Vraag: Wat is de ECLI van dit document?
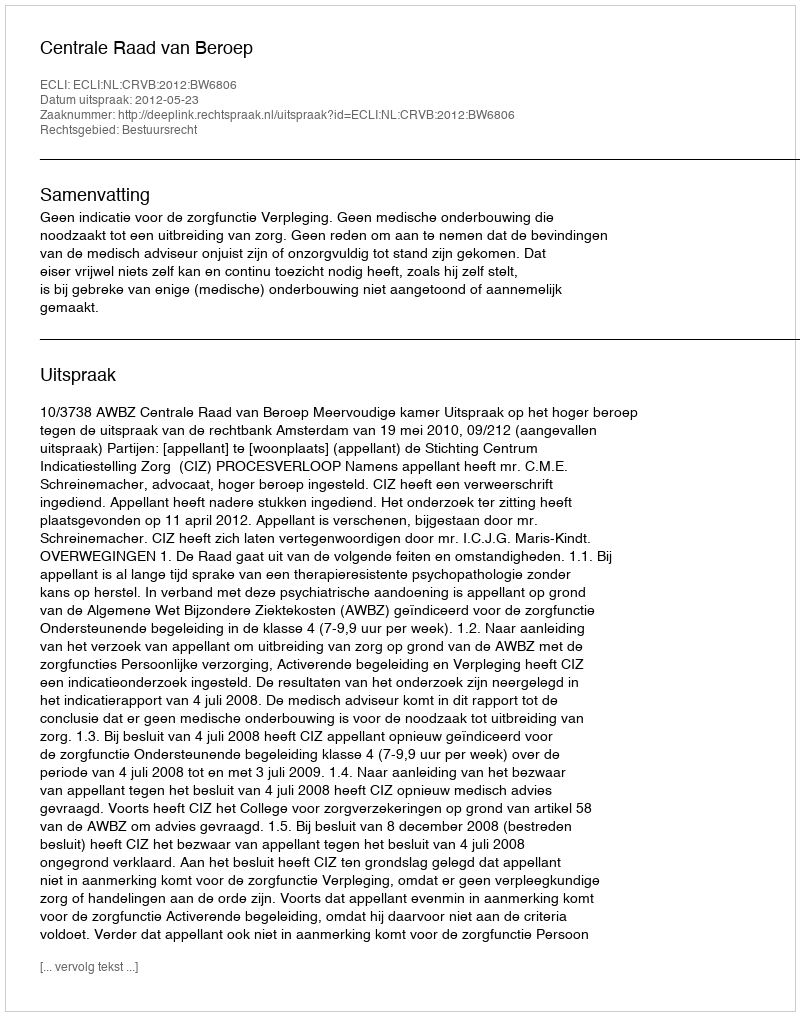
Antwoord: ECLI:NL:CRVB:2012:BW6806